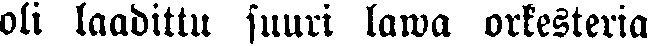
oli laadittu suuri lawa orkesteria